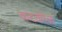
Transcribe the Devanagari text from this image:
कटकोळ